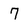
Character: 7